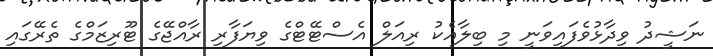
ނަޝީދު ވިދާޅުވެފައިވަނީ މި ބިލާއެކު ރިއަލް އެސްޓޭޓްގެ ވިޔަފާރި ރާއްޖޭގެ ޓޫރިޒަމްގެ ތެރޭގައި